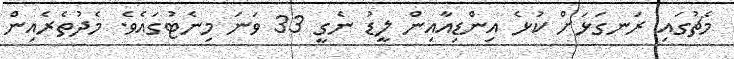
މެޗުގައި ރަނގަޅަށް ކުޅެ އިންޑިއާއިން ލީޑު ނެގީ 33 ވަނަ މިނެޓުގައެވެ. މެދުތެރެއިން